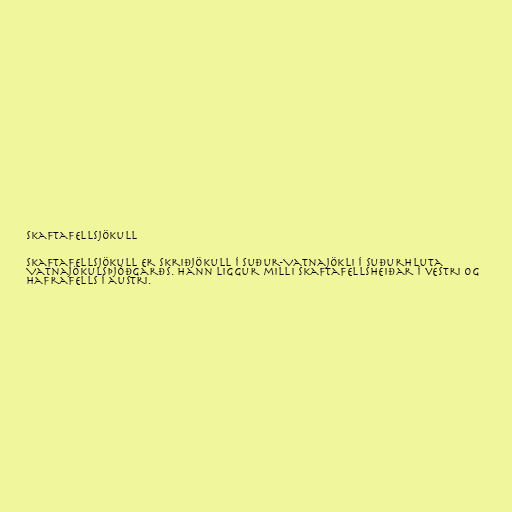
Skaftafellsjökull

Skaftafellsjökull er skriðjökull í suður-Vatnajökli í Suðurhluta
Vatnajökulsþjóðgarðs. Hann liggur milli Skaftafellsheiðar í vestri og
Hafrafells í austri.